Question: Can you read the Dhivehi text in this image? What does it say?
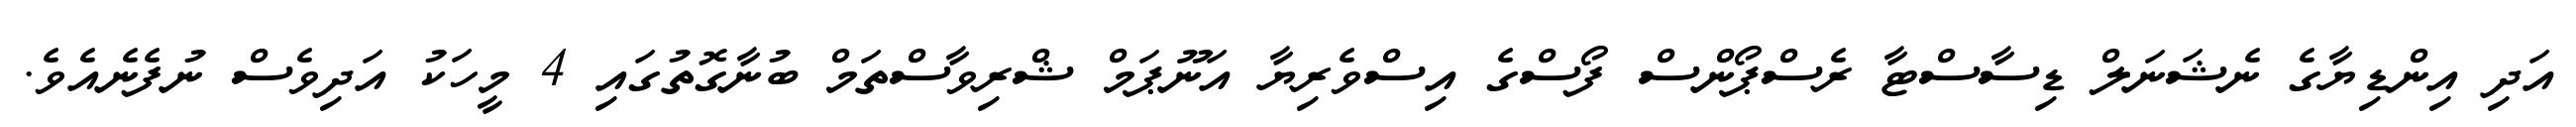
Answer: އަދި އިންޑިޔާގެ ނެޝަނަލް ޑިސާސްޓާ ރެސްޕޯންސް ފޯސްގެ އިސްވެރިޔާ އަނޫޕަމް ޝްރިވާސްތަމް ބުނާގޮތުގައި 4 މީހަކު އަދިވެސް ނުފެނެއެވެ.